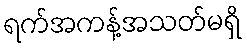
ရက်အကန့်အသတ်မရှိ